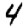
Digit: 4